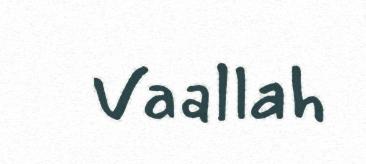
Vaallah